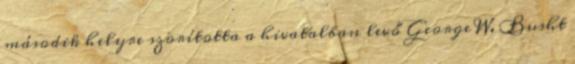
második helyre szorította a hivatalban levő George W. Busht